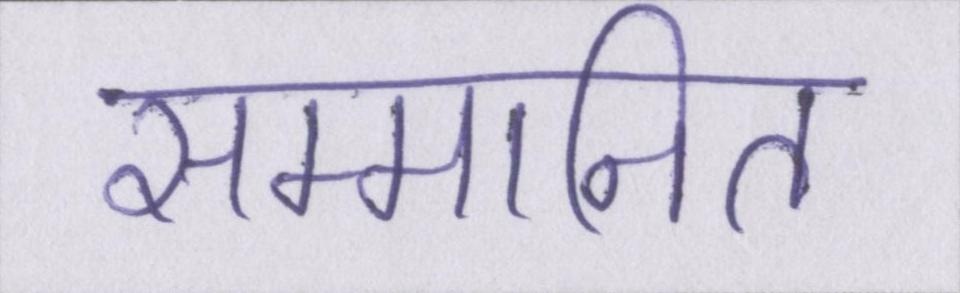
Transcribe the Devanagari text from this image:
सम्मानित